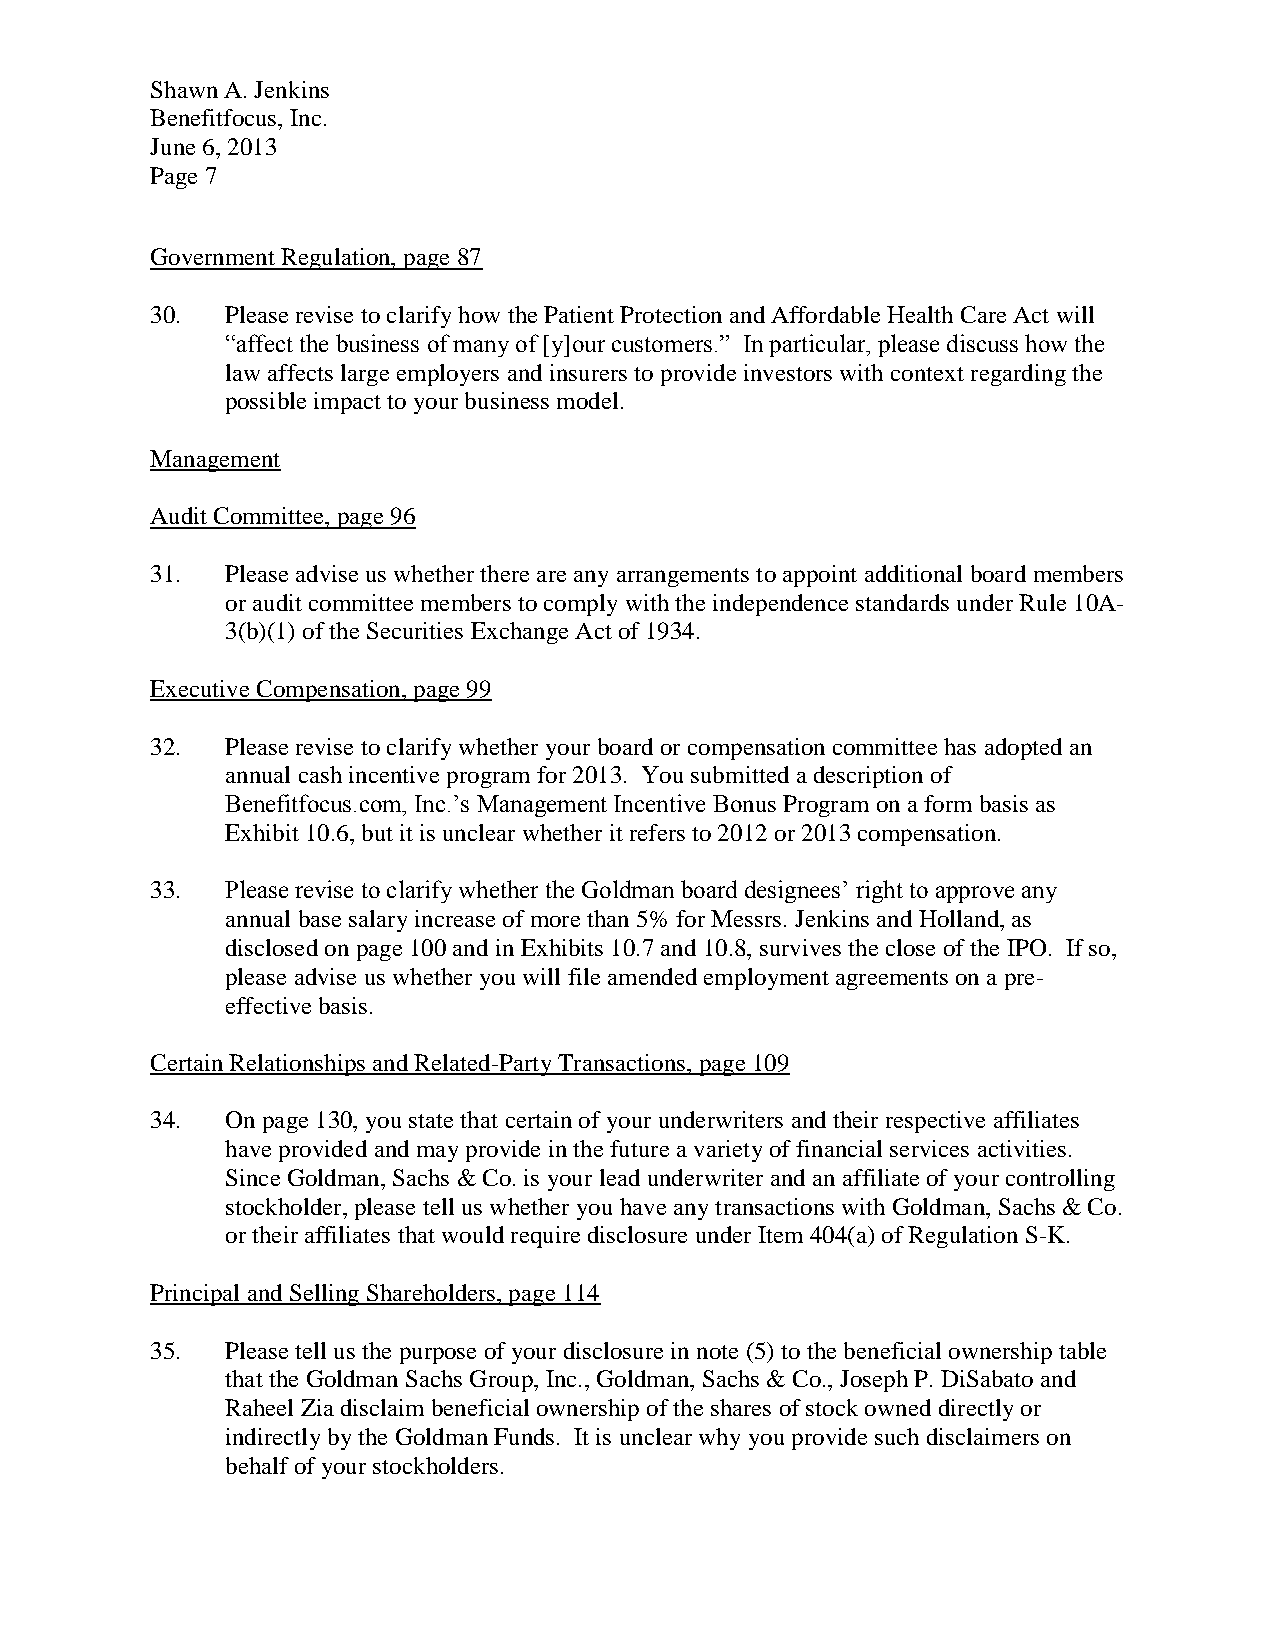
Shawn A. Jenkins
 Benefitfocus, Inc.
 June 6, 2013
 Page 7
 Government Regulation, page 87
 30.  Please revise to clarify how the Patient Protection and Affordable Health Care Act will
 “affect the business of many of [y]our customers.” In particular, please discuss how the
 law affects large employers and insurers to provide investors with context regarding the
 possible impact to your business model.
 Management
 Audit Committee, page 96
 31.  Please advise us whether there are any arrangements to appoint additional board members
 or audit committee members to comply with the independence standards under Rule 10A-
 3(b)(1) of the Securities Exchange Act of 1934.
 Executive Compensation, page 99
 32.  Please revise to clarify whether your board or compensation committee has adopted an
 annual cash incentive program for 2013. You submitted a description of
 Benefitfocus.com, Inc.’s Management Incentive Bonus Program on a form basis as
 Exhibit 10.6, but it is unclear whether it refers to 2012 or 2013 compensation.
 33.  Please revise to clarify whether the Goldman board designees’ right to approve any
 annual base salary increase of more than 5% for Messrs. Jenkins and Holland, as
 disclosed on page 100 and in Exhibits 10.7 and 10.8, survives the close of the IPO. If so,
 please advise us whether you will file amended employment agreements on a pre-
 effective basis.
 Certain Relationships and Related-Party Transactions, page 109
 34.  On page 130, you state that certain of your underwriters and their respective affiliates
 have provided and may provide in the future a variety of financial services activities.
 Since Goldman, Sachs & Co. is your lead underwriter and an affiliate of your controlling
 stockholder, please tell us whether you have any transactions with Goldman, Sachs & Co.
 or their affiliates that would require disclosure under Item 404(a) of Regulation S-K.
 Principal and Selling Shareholders, page 114
 35.  Please tell us the purpose of your disclosure in note (5) to the beneficial ownership table
 that the Goldman Sachs Group, Inc., Goldman, Sachs & Co., Joseph P. DiSabato and
 Raheel Zia disclaim beneficial ownership of the shares of stock owned directly or
 indirectly by the Goldman Funds. It is unclear why you provide such disclaimers on
 behalf of your stockholders.